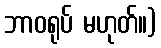
ဘာဝရုပ် မဟုတ်။)